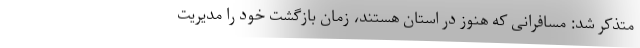
متذکر شد: مسافرانی که هنوز در استان هستند، زمان بازگشت خود را مدیریت